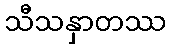
သီသနှာတဿ